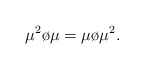
\begin{align*}\mu^{2}\o\mu=\mu\o\mu^{2}.\end{align*}